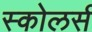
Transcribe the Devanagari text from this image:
स्कोलर्स